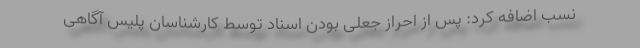
نسب اضافه کرد: پس از احراز جعلی بودن اسناد توسط کارشناسان پلیس آگاهی